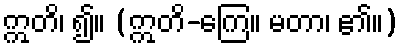
ဣတိ၊ ၍။ (ဣတိ-ကြေ။ မတာ၊ ၏။)